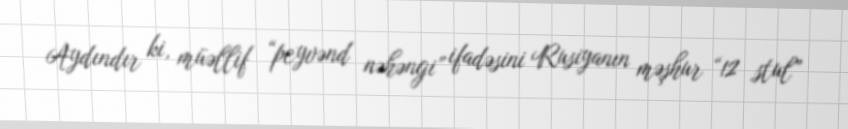
Aydındır ki, müəllif “peyvənd nəhəngi” ifadəsini Rusiyanın məşhur “12 stul”